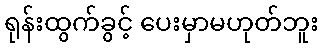
ရုန်းထွက်ခွင့် ပေးမှာမဟုတ်ဘူး